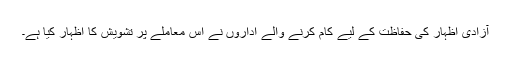
آزادی اظہار کی حفاظت کے لیے کام کرنے والے اداروں نے اس معاملے پر تشویش کا اظہار کیا ہے۔